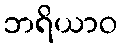
ဘရိယာဝ